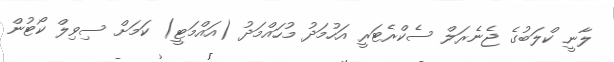
ލާނީ ކްލަބުގެ ޖެނެރަލް ސެކްރެޓަރީ އަހުމަދު މުހައްމަދު (އައްމަޓީ) ކަމަށް ސިވިލް ކޯޓުން